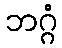
ဘဂ္ဂံ